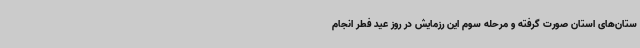
ستان‌های استان صورت گرفته و مرحله سوم این رزمایش در روز عید فطر انجام